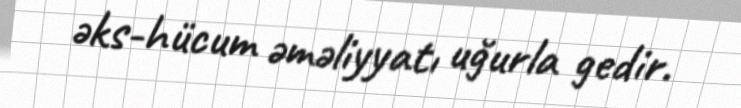
əks-hücum əməliyyatı uğurla gedir.